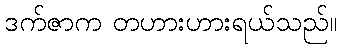
ဒက်ဇာက တဟားဟားရယ်သည်။